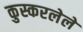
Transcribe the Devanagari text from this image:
कुस्करलेले